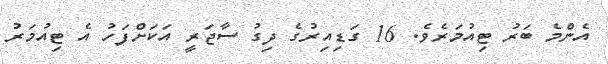
އެންމެ ބަރު ޓިއުމަރެވެ. 16 ގަޑިއިރުގެ ދިގު ސާޖަރީ އަކަށްފަހު އެ ޓިއުމަރު